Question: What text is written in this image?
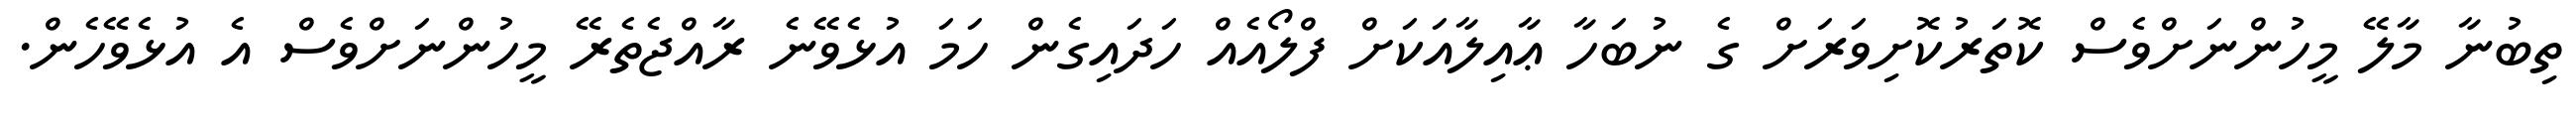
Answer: ތިބުނާ މާލޭ މީހުންނަށްވެސް ކޮތަރުކޮށިވަރަށް ގެ ނުބަހާ ޢާއިލާއަކަށް ފްލޯއެއް ހަދައިގެން ހަމަ އުޅެވޭނެ ރާއްޖެތެރޭ މީހުންނަށްވެސް އެ އުޅެވޭހެން.